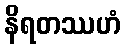
နိရတဿဟံ